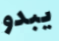
يبدو